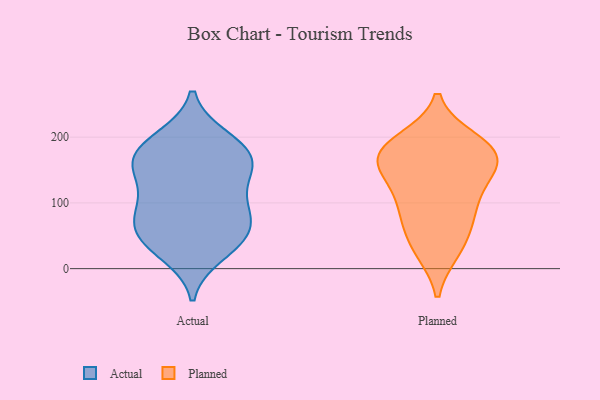
{"axis": {"x": "Active Users", "y": "Value"}, "legend": ["Actual", "Planned"], "data": [{"x": "", "y": 78, "type": "Actual"}, {"x": "", "y": 162, "type": "Actual"}, {"x": "", "y": 177, "type": "Actual"}, {"x": "", "y": 100, "type": "Actual"}, {"x": "", "y": 142, "type": "Actual"}, {"x": "", "y": 74, "type": "Actual"}, {"x": "", "y": 120, "type": "Actual"}, {"x": "", "y": 199, "type": "Actual"}, {"x": "", "y": 59, "type": "Actual"}, {"x": "", "y": 199, "type": "Actual"}, {"x": "", "y": 163, "type": "Actual"}, {"x": "", "y": 22, "type": "Actual"}, {"x": "", "y": 44, "type": "Actual"}, {"x": "", "y": 159, "type": "Actual"}, {"x": "", "y": 52, "type": "Actual"}, {"x": "", "y": 169, "type": "Actual"}, {"x": "", "y": 92, "type": "Actual"}, {"x": "", "y": 32, "type": "Actual"}, {"x": "", "y": 185, "type": "Planned"}, {"x": "", "y": 29, "type": "Planned"}, {"x": "", "y": 165, "type": "Planned"}, {"x": "", "y": 170, "type": "Planned"}, {"x": "", "y": 28, "type": "Planned"}, {"x": "", "y": 98, "type": "Planned"}, {"x": "", "y": 61, "type": "Planned"}, {"x": "", "y": 195, "type": "Planned"}, {"x": "", "y": 131, "type": "Planned"}, {"x": "", "y": 147, "type": "Planned"}, {"x": "", "y": 177, "type": "Planned"}, {"x": "", "y": 99, "type": "Planned"}, {"x": "", "y": 78, "type": "Planned"}, {"x": "", "y": 153, "type": "Planned"}, {"x": "", "y": 187, "type": "Planned"}]}